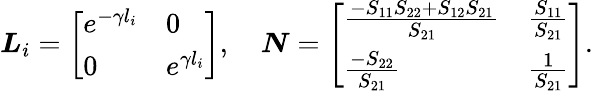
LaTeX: \boldsymbol{L}_{i}=\left[\begin{array}{ll}{e^{-\gamma l_{i}}}&{0}\\ {0}&{e^{\gamma l_{i}}}\end{array}\right],\quad\boldsymbol{N}=\left[\begin{array}{ll}{\frac{-S_{11}S_{22}+S_{12}S_{21}}{S_{21}}}&{\frac{S_{11}}{S_{21}}}\\ {\frac{-S_{22}}{S_{21}}}&{\frac{1}{S_{21}}}\end{array}\right].